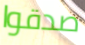
صدقوا